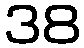
38